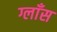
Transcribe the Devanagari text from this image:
ग्लाँस